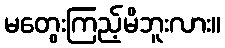
မတွေးကြည့်မိဘူးလား။